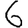
Digit: 6